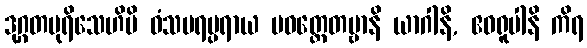
ဒုဂ္ဂတပုရိသေဟိပိ ဝံသပရမ္ပရာယ ပဝတ္တေတဗ္ဗာနိ ယာဂါနိ, ဧဝရူပါနိ ကိရ